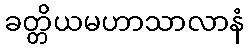
ခတ္တိယမဟာသာလာနံ